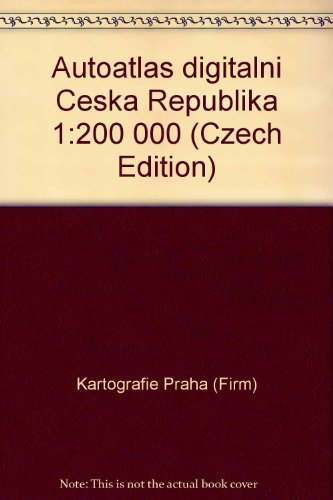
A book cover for Autoatlas digitalni Ceska Republika 1:200 000 (Czech Edition); Kartografie Praha (Firm); Travel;